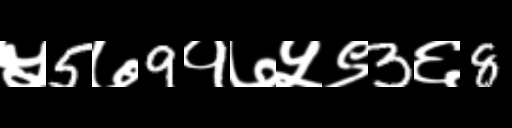
Text: ५5७9१७५९3६8